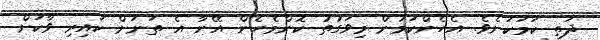
ދަތި ކަމަކަށެވެ. އެހެންކަމުން މިވަގުތު ކޮންމެހެން އޭނާ އެ ތަނަށް ކައިރި ވާކަށް